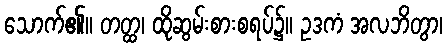
သောက်၏။ တတ္ထ၊ ထိုဆွမ်းစားစရပ်၌။ ဥဒကံ အလဘိတွာ၊